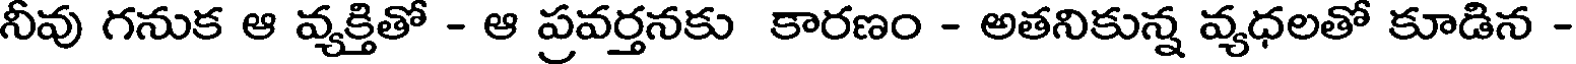
నీవు గనుక ఆ వ్యక్తితో - ఆ ప్రవర్తనకు కారణం - అతనికున్న వ్యధలతో కూడిన -